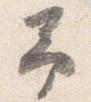
予